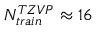
N _ { t r a i n } ^ { T Z V P } \approx 1 6